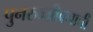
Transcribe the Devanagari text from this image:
पुनरुज्जीवनाची